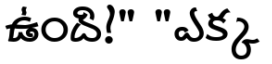
ఉంది!" "ఎక్క